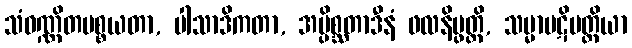
သံဝဏ္ဏိတပစ္စယတာ, ပါသာဒိကတာ, အပ္ပိစ္ဆတာဒီနံ ဖလနိပ္ဖတ္တိ, သမ္မာပဋိပတ္တိယာ